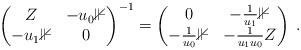
LaTeX: \begin{align*}\begin{pmatrix}Z&-u_0\mathbb{1}\\-u_1\mathbb{1}&0\end{pmatrix}^{-1}=\begin{pmatrix}0&-\frac{1}{u_1}\mathbb{1}\\-\frac{1}{u_0}\mathbb{1}&-\frac{1}{u_1u_0}Z\end{pmatrix}\;.\end{align*}